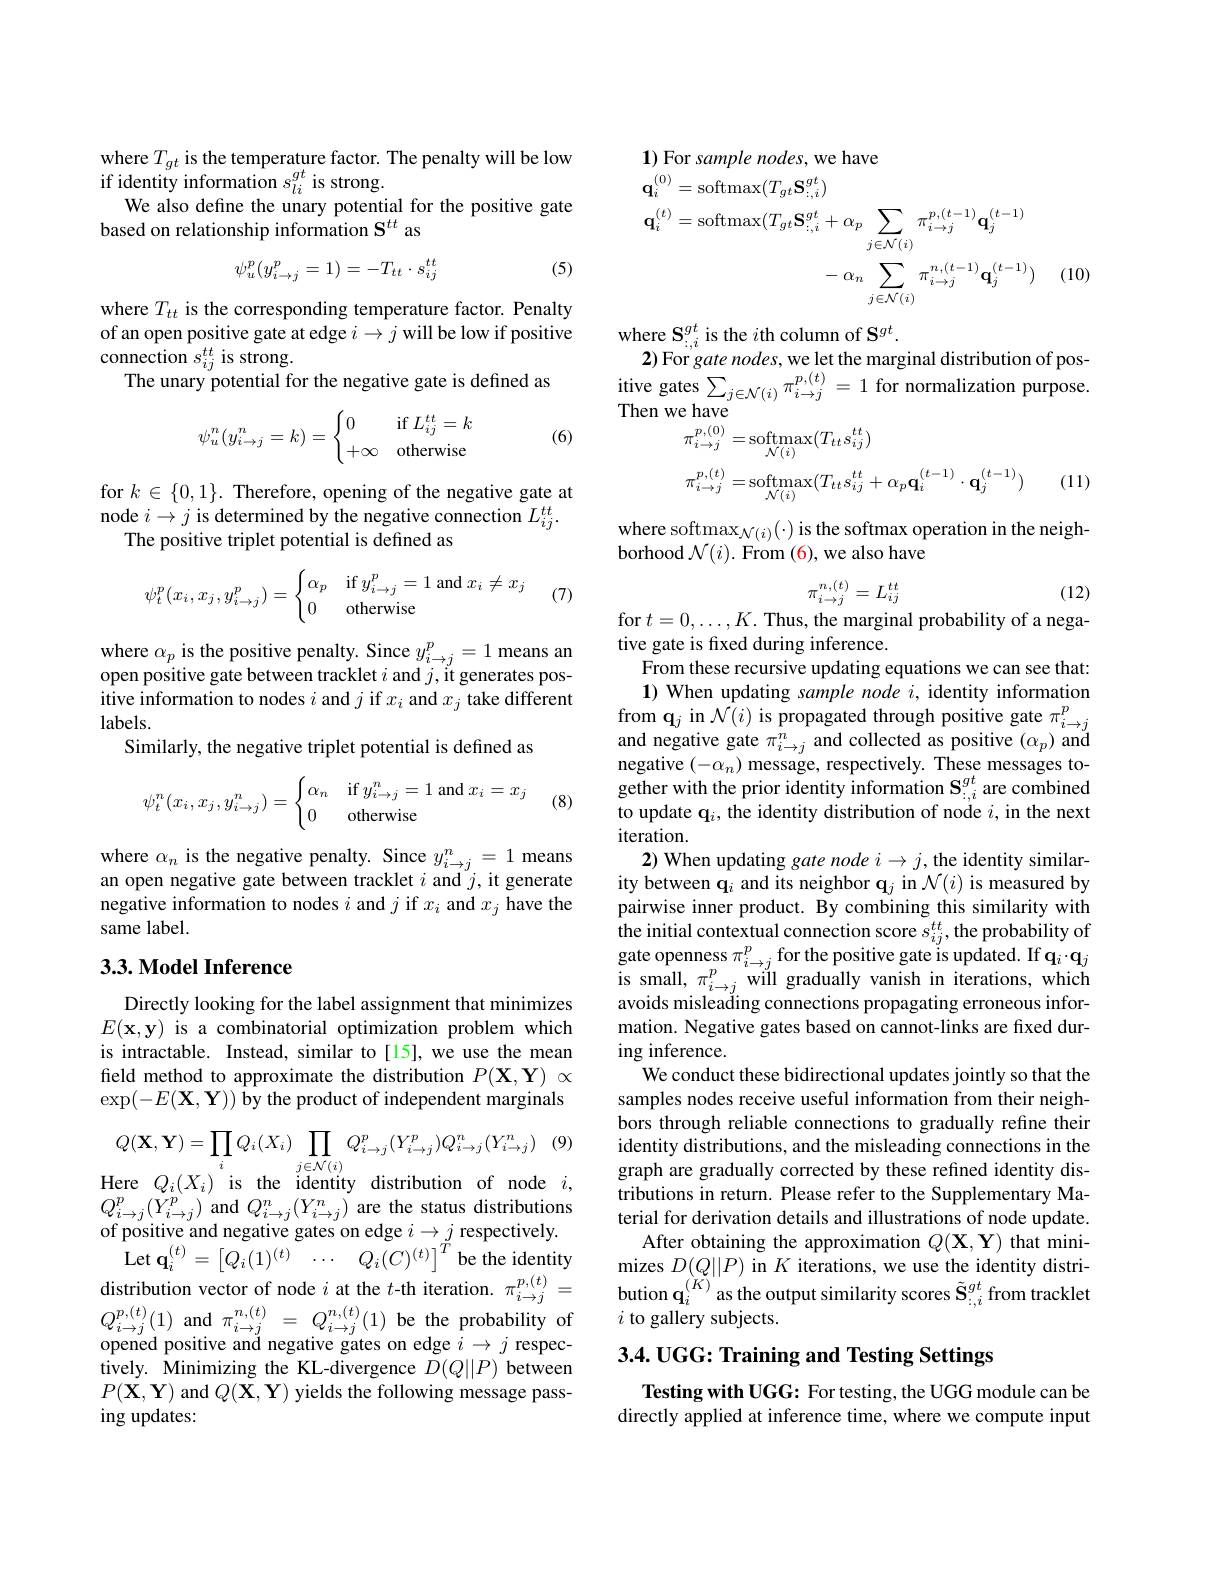
where $T_{gt}$ is the temperature factor. The penalty will be low
if identity information $s_li^{gt}$ is strong.
We also define the unary potential for the positive gate
based on relationship information $\mathbf{S}^{tt}$ as
$$\psi_u^p(y_{i\to j}^p=1)=-T_{tt}\cdot s_{ij}^{tt}$$
(5)

where $T_{tt}$ is the corresponding temperature factor. Penalty of an open positive gate at edge $i\to j$ will be low if positive connection $s_{ij}^{tt}$ is strong.
The unary potential for the negative gate is defined as

(6)
$$\psi_u^n(y_{i\to j}^n=k)=\begin{cases}0&\text{if}L_{ij}^{tt}=k\\+\infty&\text{otherwise}\end{cases}$$
for $k\in\{0,1\}.$ Therefore, opening of the negative gate at node $i\to j$ is determined by the negative connection $L_ij^{tt}.$
The positive triplet potential is defined as
$$\psi_t^p(x_i,x_j,y_{i\to j}^p)=\begin{cases}\alpha_p&\text{if}y_{i\to j}^p=1\text{and}x_i\neq x_j\\0&\text{otherwise}\end{cases}$$
(7)

where $\alpha_p$ is the positive penalty. Since $y_i\to j^p=1$ means an open positive gate between tracklet $i$ and $j$,it generates pos- itive information to nodes $i$ and $j$ if $x_i$ and $x_j$ take different labels.
Similarly, the negative triplet potential is defined as

(8)
$$\psi_t^n(x_i,x_j,y_{i\to j}^n)=\begin{cases}\alpha_n&\text{if}y_{i\to j}^n=1\text{and}x_i=x_j\\0&\text{otherwise}\end{cases}$$
where $\alpha_n$ is the negative penalty. Since $y_i\to j^n=1$ means an open negative gate between tracklet $i$ and $j$, it generate negative information to nodes $i$ and $j$ if $x_i$ and $x_j$ have the same label.

## 3.3. Model Inference

Directly looking for the label assignment that minimizes $E(\mathbf{x},\mathbf{y})$ is a combinatorial optimization problem which is intractable. Instead, similar to[15], we use the mean field method to approximate the distribution $P(\mathbf{X},\mathbf{Y})\propto$ $\exp(-E(\mathbf{X},\mathbf{Y}))$ by the product of independent marginals

(9)
$$Q(\mathbf{X},\mathbf{Y})=\prod_{i}Q_{i}(X_{i})\prod_{\substack{j\in\mathcal{N}(i)}}Q_{i\to j}^{p}(Y_{i\to j}^{p})Q_{i\to j}^{n}(Y_{i\to j}^{n})$$
$i$,
$Q_{i\to j}^{p}(Y_{i\to j}^{p})$ and $Q_i\to j^{n}(Y_{i\to j}^{n})$ are the status distributions
of positive and negative gates on edge $i\to j_{T}$ respectively.
$\operatorname*{Let}\mathbf{q}_{i}^{(t)}=\left[Q_{i}(1)^{(t)}\:\cdots\: Q_{i}(C)^{(t)}\right]^{\tilde{T}}$be the identity distribution vector of node $i$ at the $t$-th iteration. $\pi_i\to j^{p,(t)}=$ $\begin{array}{l}Q_{i\to j}^{p,(t)}(1)\:\mathrm{and~}\pi_{i\to j}^{n,(t)}=\:Q_{i\to j}^{n,(t)}(1)\:\mathrm{be~the~probability~of}\\\text{opened positive and negative gates on edge }i\to j\:\mathrm{respec-}\end{array}$ tively. Minimizing the KL-divergence $D(Q||P)$ between $P(\dot{\mathbf{X}},\mathbf{Y})$ and $Q(\tilde{\mathbf{X}},\mathbf{Y})$ yields the following message passing updates:

1) For sample nodes, we have
$$\begin{aligned}\mathbf{q}_{i}^{(0)}&=\mathrm{softmax}(T_{gt}\mathbf{S}_{:,i}^{gt})\\\mathbf{q}_{i}^{(t)}&=\mathrm{softmax}(T_{gt}\mathbf{S}_{:,i}^{gt}+\alpha_{p}\sum_{j\in\mathcal{N}(i)}\pi_{i\to j}^{p,(t-1)}\mathbf{q}_{j}^{(t-1)}\\&-\alpha_{n}\sum_{j\in\mathcal{N}(i)}\pi_{i\to j}^{n,(t-1)}\mathbf{q}_{j}^{(t-1)})\end{aligned}$$
(10)

where $\mathbf{S}_{\therefore i}^{gt}$ is the $i$th column of $\mathbf{S}^gt.$
2) For gate nodes, we let the marginal distribution of pos- $\begin{array}{l}{\mathrm{itive~gates}\sum_{j\in\mathcal{N}(i)}\pi_{i\to j}^{p,(t)}=1\text{for normalization purpose}}\\{\mathrm{Then~we~have}}\end{array}$
$$\begin{aligned}&\text{e lave}\\&\pi_{i\to j}^{p,(0)}=\mathrm{softmax}_{\mathcal{N}(i)}(T_{tt}s_{ij}^{tt})\\&\pi_{i\to j}^{p,(t)}=\mathrm{softmax}_{\mathcal{N}(i)}(T_{tt}s_{ij}^{tt}+\alpha_{p}\mathbf{q}_{i}^{(t-1)}\cdot\mathbf{q}_{j}^{(t-1)})\end{aligned}$$
(11)

where softmax$_{\mathcal{N}(i)}(\cdot)$ is the softmax operation in the neigh-
borhood $\mathcal{N}(i).$ From (6), we also have
$$\pi_{i\to j}^{n,(t)}=L_{ij}^{tt}$$
for $t=0,\ldots,K.$ Thus, the marginal probability of a nega-

(12)

tive gate is fixed during inference.
From these recursive updating equations we can see that: 1) When updating sample node $i$, identity information
$\begin{array}{l}\mathrm{from~q_{j}~in~}\hat{\mathcal{N}(i)~}\text{is propagated through positive gate }\pi_{i\to j}^{p}\\\mathrm{and~negative~gate~}\pi_{i\to j}^{n}\text{ and collected as positive }(\alpha_{p})\mathrm{~and}\end{array}$ negative $(-\alpha_n)$ message, respectively. These messages together with the prior identity information $\mathbf{S}_{\vdots,i}^{gt}$ are combined to update q$_i$,the identity distribution of node $i$, in the next iteration.
2) When updating gate node $i\to j$, the identity similarity between q$_i$ and its neighbor $\mathbf{q}_j$ in $\mathcal{N}(i)$ is measured by pairwise inner product. By combining this similarity with the initial contextual connection score $s_ij^{tt}$, the probability of $\begin{array}{l}\text{gate openness }\pi_{i\to j}^{p}\text{for the positive gate is updated. If q}_{i}\cdot\mathbf{q}_{j}\\\text{is small, }\pi_{i\to j}^{p}\text{ will gradually vanish in iterations, which}\\\text{avoids misleading connections propagating erroneous infor-}\end{array}$ mation. Negative gates based on cannot-links are fixed during inference.
We conduct these bidirectional updates jointly so that the samples nodes receive useful information from their neighbors through reliable connections to gradually refine their identity distributions, and the misleading connections in the graph are gradually corrected by these refined identity distributions in return. Please refer to the Supplementary Material for derivation details and illustrations of node update.
After obtaining the approximation $Q(\mathbf{X},\mathbf{Y})$ that minimizes $D(Q||P)$ in $K$ iterations, we use the identity distribution $\mathbf{q}_{i}^{(K)}$ as the output similarity scores $\tilde{\mathbf{S}}_{:,i}^{gt}$from tracklet $i$ to gallery subjects.
3.4. UGG: Training and Testing Settings

Testing with UGG: For testing, the UGG module can be directly applied at inference time, where we compute input